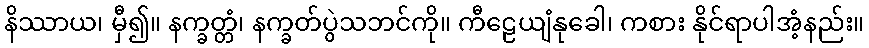
နိဿာယ၊ မှီ၍။ နက္ခတ္တံ၊ နက္ခတ်ပွဲသဘင်ကို။ ကီဠေယျံနုခေါ၊ ကစား နိုင်ရာပါအံ့နည်း။